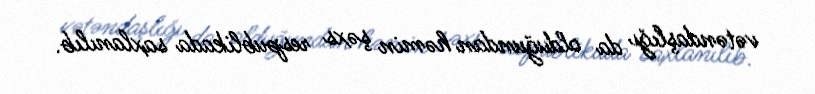
vətəndaşlığı da olduğundan həmin şəxs respublikada saxlanılıb.